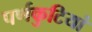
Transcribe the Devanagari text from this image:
पर्णकुटियां